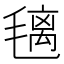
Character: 𣯤